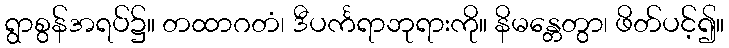
ရွာစွန်အရပ်၌။ တထာဂတံ၊ ဒီပင်္ကရာဘုရားကို။ နိမန္တေတွာ၊ ဖိတ်ပင့်၍။